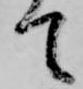
て